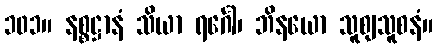
၁၀၁။ နစ္စဋ္ဌာနံ သိယာ ရင်္ဂေါ၊ ဘိနယော သူစျသူစနံ။